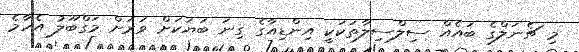
މި ޗެނަލްގެ ބައެއް ސިލްސިލާތަކަކީ އިންޑިއާގެ ގިނަ ބަޔަކަށް ވަރަށް މަގްބޫލު އެހާމެ